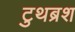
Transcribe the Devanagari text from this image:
टुथब्रश